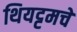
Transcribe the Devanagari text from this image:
थियट्टमचे